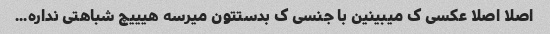
اصلا اصلا عکسی ک میبینین با جنسی ک بدستتون میرسه هیییچ شباهتی نداره...